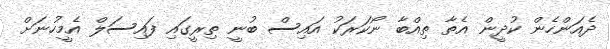
ދެއަންހެން ކުދީން އެތާ ތިއްބާ ނޯކަރަކު އައިސް ބުނީ ތިރީގައި ފައިސަލް އެމީހުނަށް